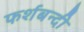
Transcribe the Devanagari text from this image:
फर्शबन्दी